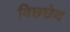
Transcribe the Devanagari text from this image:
विछ्छेद